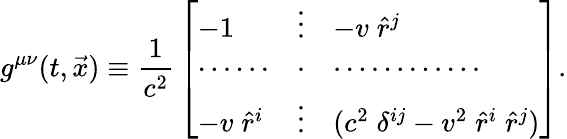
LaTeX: g^{\mu\nu}(t,\vec{x})\equiv{\frac{1}{c^{2}}}\left[\begin{array}{lll}{{-1}}&{{\vdots}}&{{-v\; \hat{r}^{j}}}\\ {{\cdots\cdots}}&{{\cdot}}&{{\cdots\cdots\cdots\cdots}}\\ {{-v\; \hat{r}^{i}}}&{{\vdots}}&{{(c^{2}\; \delta^{ij}-v^{2}\; \hat{r}^{i}\; \hat{r}^{j})}}\end{array}\right].